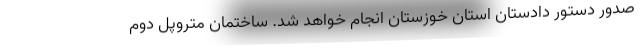
صدور دستور دادستان استان خوزستان انجام خواهد شد. ساختمان متروپل دوم